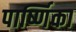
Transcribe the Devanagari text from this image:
पार्ष्णिका